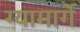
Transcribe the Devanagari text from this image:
ग्यामार्गे